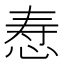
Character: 𪫷